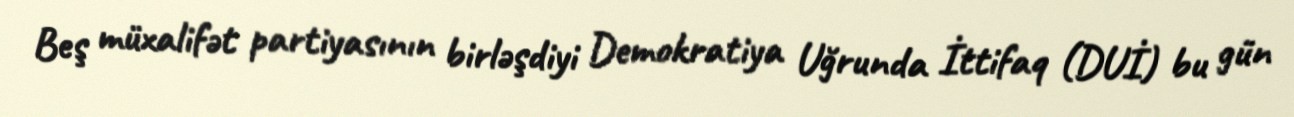
Beş müxalifət partiyasının birləşdiyi Demokratiya Uğrunda İttifaq (DUİ) bu gün